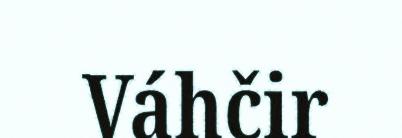
Váhčir